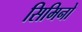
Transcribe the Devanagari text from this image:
सिमिनो